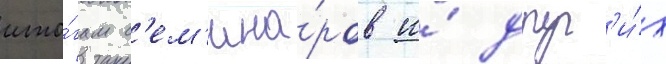
ито́гам с'ем'ина́ров и́ друг'и́х